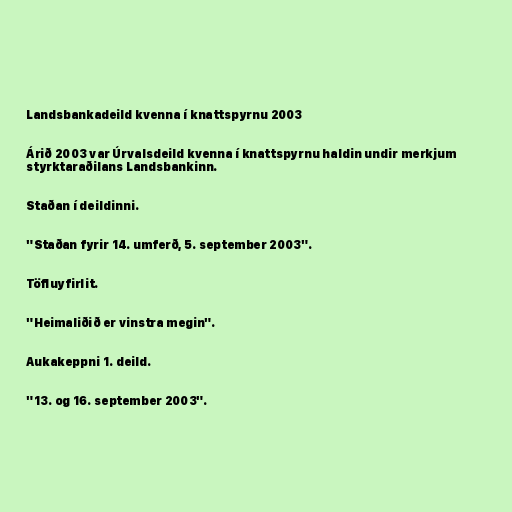
Landsbankadeild kvenna í knattspyrnu 2003

Árið 2003 var Úrvalsdeild kvenna í knattspyrnu haldin undir merkjum
styrktaraðilans Landsbankinn.

Staðan í deildinni.

"Staðan fyrir 14. umferð, 5. september 2003".

Töfluyfirlit.

"Heimaliðið er vinstra megin".

Aukakeppni 1. deild.

"13. og 16. september 2003".